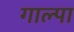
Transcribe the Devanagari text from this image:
गाल्पा